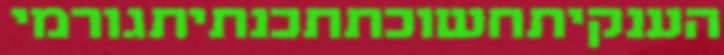
הענקיתחשוכתתכנתיתגורמי